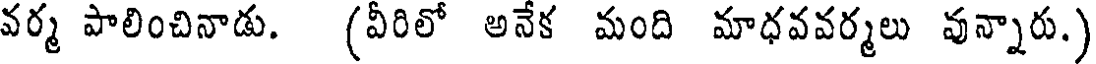
వర్మ పాలించినాడు. (వీరిలో అనేక మంది మాధవవర్మలు వున్నారు.)